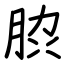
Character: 䏮